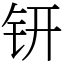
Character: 钘